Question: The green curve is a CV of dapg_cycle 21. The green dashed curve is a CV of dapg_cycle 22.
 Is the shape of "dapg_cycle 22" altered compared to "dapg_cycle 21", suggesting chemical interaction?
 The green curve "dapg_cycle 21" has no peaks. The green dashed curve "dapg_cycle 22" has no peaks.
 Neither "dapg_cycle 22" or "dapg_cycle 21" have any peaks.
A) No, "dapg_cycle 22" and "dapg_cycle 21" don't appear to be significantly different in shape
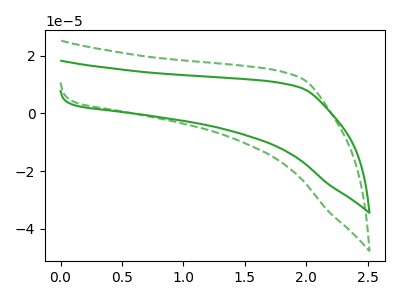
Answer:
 <answer>A) No, "dapg_cycle 22" and "dapg_cycle 21" don't appear to be significantly different in shape</answer>
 <eval>A</eval>